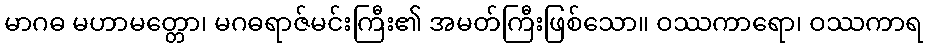
မာဂဓ မဟာမတ္တော၊ မဂဓရာဇ်မင်းကြီး၏ အမတ်ကြီးဖြစ်သော။ ဝဿကာရော၊ ဝဿကာရ